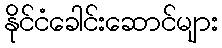
နိုင်ငံခေါင်းဆောင်များ